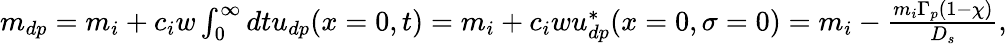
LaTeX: \begin{array}{r}{m_{dp}=m_{i}+c_{i}w\int_{0}^{\infty}dtu_{dp}(x=0,t)=m_{i}+c_{i}wu_{dp}^{\ast}(x=0,\sigma=0)=m_{i}-\frac{m_{i}\Gamma_{p}(1-\chi)}{D_{s}},}\end{array}